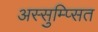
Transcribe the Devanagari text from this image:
अस्सुम्प्सित